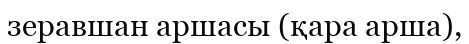
зеравшан аршасы (қара арша),